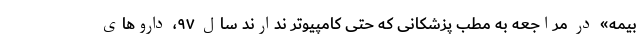
بیمه» در مراجعه به مطب پزشکانی که حتی کامپیوتر ندارند سال ۹۷، داروهای